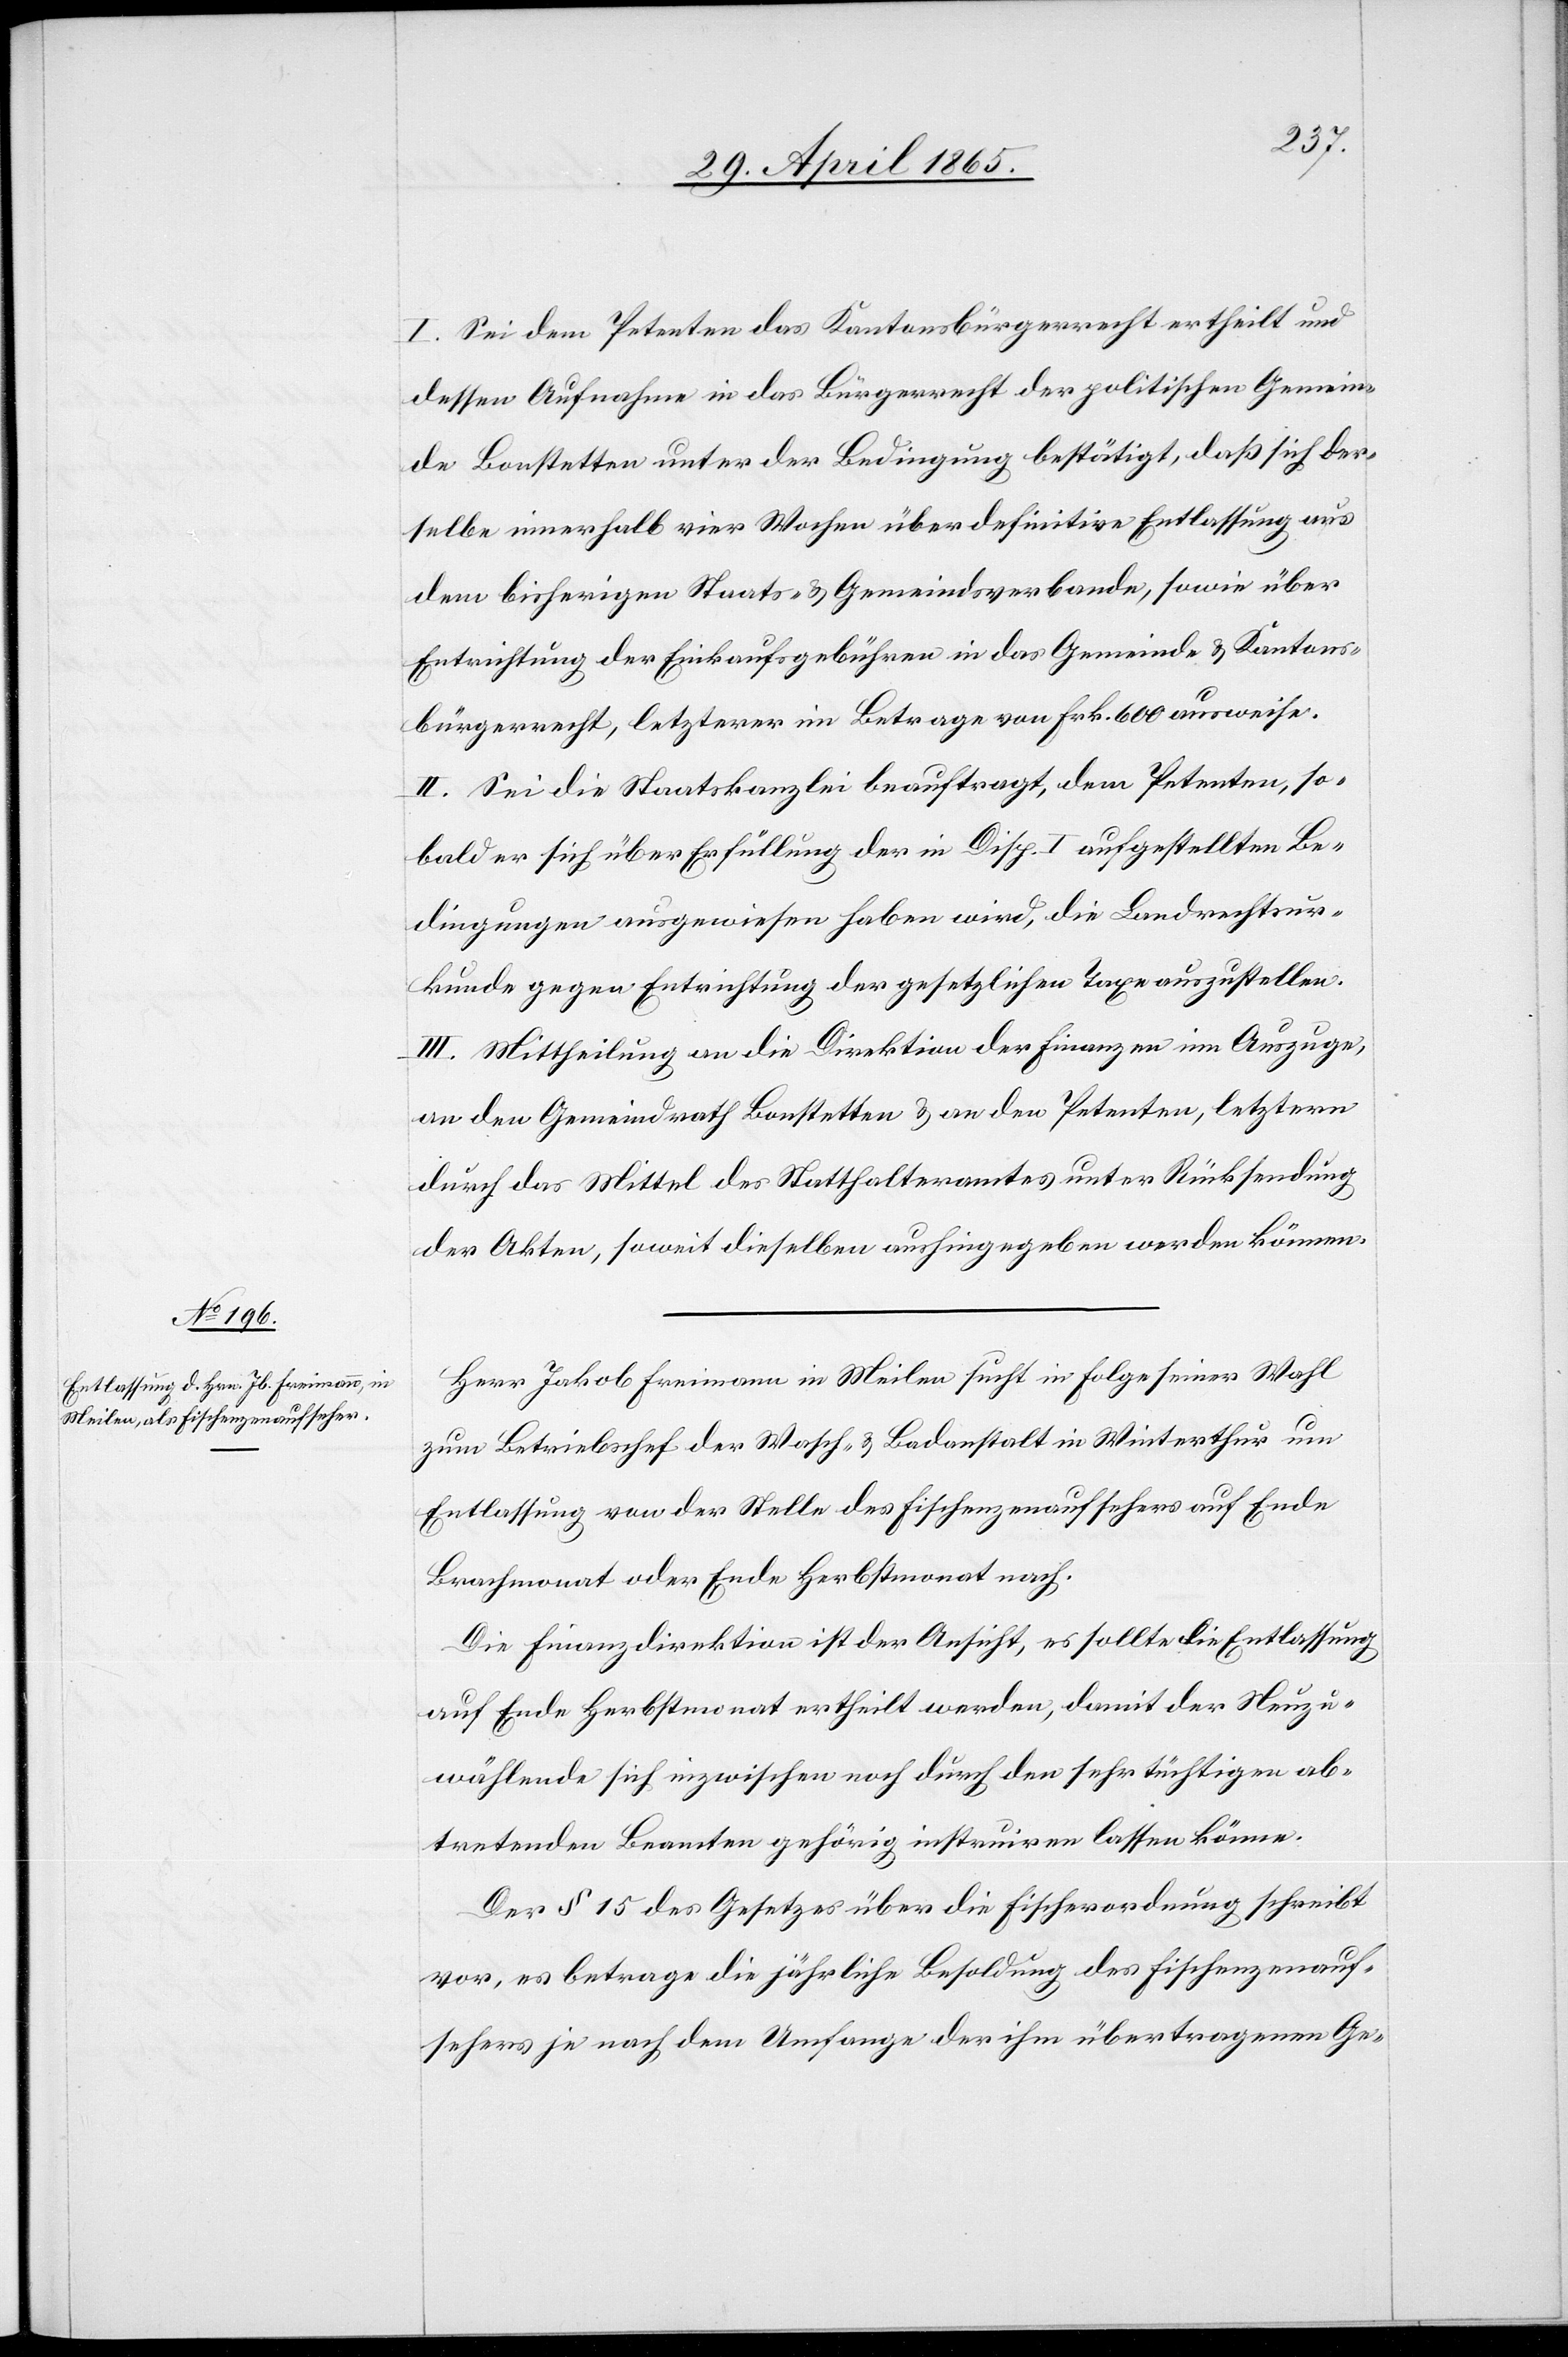
I. Sei dem Petenten das Kantonsbürgerrecht ertheilt und
dessen Aufnahme in das Bürgerrecht der politischen Gemein¬
de Bonstetten unter der Bedingung bestätigt, daß sich der¬
selbe innerhalb vier Wochen über definitive Entlassung aus
dem bisherigen Staats- & Gemeindsverbande, sowie über
Entrichtung der Einkaufsgebühren in das Gemeind- & Kantons¬
bürgerrecht, letzterer im Betrage von Frk. 600 ausweise.
II. Sei die Staatskanzlei beauftragt, dem Petenten, so¬
bald er sich über Erfüllung der in Disp. I aufgestellten Be¬
dingungen ausgewiesen haben wird, die Landrechtsur¬
kunde gegen Entrichtung der gesetzlichen Taxe auszustellen.
III. Mittheilung an die Direktion der Finanzen im Auszuge,
an den Gemeindrath Bonstetten & an den Petenten, letztern
durch das Mittel des Statthalteramtes unter Rücksendung
der Akten, soweit dieselben aushingegeben werden können.
Herr Jakob Freimann in Meilen sucht in Folge seiner Wahl
zum Betriebschef der Wasch- & Badanstalt in Winterthur um
Entlassung von der Stelle des Fischenzenaufsehers auf Ende
Brachmonat oder Ende Herbstmonat nach.
Die Finanzdirektion ist der Ansicht, es sollte die Entlassung
auf Ende Herbstmonat ertheilt werden, damit der Neuzu¬
wählende sich inzwischen noch durch den sehr tüchtigen ab¬
tretenden Beamten gehörig instruiren lassen könne.
Der § 15 des Gesetzes über die Fischerordnung schreibt
vor, es betrage die jährliche Besoldung des Fischenzenauf¬
sehers je nach dem Umfange der ihm übertragenen Ge-